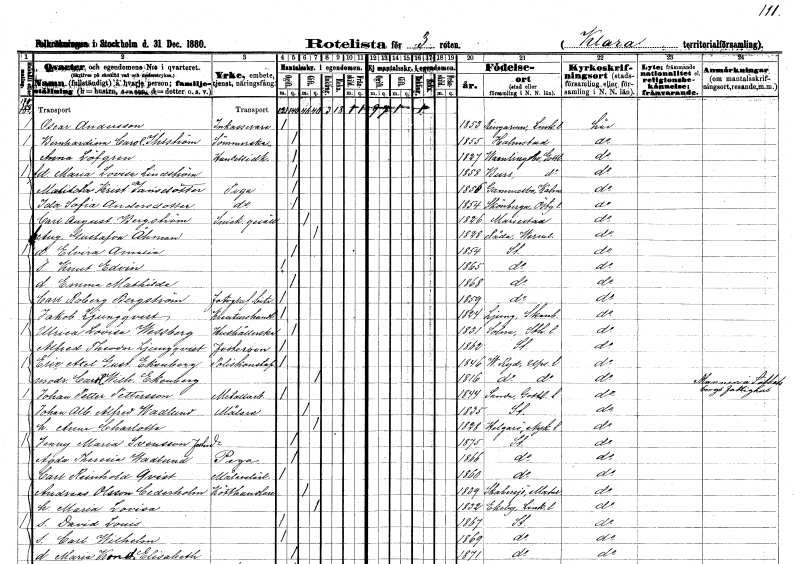
gt_parse: households: individuals: FN: Oscar
EN: Andersson
YRKE: Inkasserare
KON: M
CIV: O
FODAR: 1853
FODFORS: Ringarum Östergötlands län
FN: Bernhardina Carolina
EN: Ihlström
YRKE: Sömmerska
KON: K
CIV: O
FODAR: 1855
FODFORS: Halmstad Hallands län
FN: Anna
EN: Löfgren
YRKE: Handelsidkare
KON: K
CIV: O
FODAR: 1827
FODFORS: Vamlingbo Gotlands län
FN: Maria Lovisa
EN: Lindström
KON: K
CIV: O
FODAR: 1858
FODFORS: Burs Gotlands län
FN: Matilda Kristina
EN: Jansdotter
YRKE: Piga
KON: K
CIV: O
FODAR: 1856
FODFORS: Gammelbo Kalmar län
FN: Ida Sofia
EN: Andersdotter
YRKE: Piga
KON: K
CIV: O
FODAR: 1854
FODFORS: Skönberga Östergötlands län
FN: Carl August
EN: Bergström
YRKE: Snickaregesäll
KON: M
CIV: G
FODAR: 1826
FODFORS: Mariestad Skaraborgs län
FN: Augusta Gustafva
EN: Åhman
KON: K
CIV: G
FODAR: 1828
FODFORS: Råda Värmlands län
FN: Elvira Amalia
KON: K
CIV: O
FODAR: 1854
FODFORS: Stockholm
FN: Knut Edvin
KON: M
CIV: O
FODAR: 1865
FODFORS: Stockholm
FN: Emma Mathilda
KON: K
CIV: O
FODAR: 1868
FODFORS: Stockholm
FN: Carl
EN: Roberg Bergström
YRKE: Fotografbiträde
KON: M
CIV: O
FODAR: 1859
FODFORS: Stockholm
FN: Jakob
EN: Ljungqvist
YRKE: Kreaturshandlare
KON: M
CIV: O
FODAR: 1824
FODFORS: Ljung Göteborgs- och Bohuslän
FN: Ulrica Lovisa
EN: Wessberg
YRKE: Hushållerska
KON: K
CIV: O
FODAR: 1831
FODFORS: Solna Stockholms län
FN: Alfred Theodor
EN: Ljungqvist
KON: M
CIV: O
FODAR: 1862
FODFORS: Stockholm
FN: Eric Gustaf
EN: Ekenberg
YRKE: Poliskonstapel
KON: M
CIV: O
FODAR: 1846
FODFORS: Västra Ryd Stockholms län
FN: Charlotta Wilhelmina
EN: Ekenberg
KON: K
CIV: G
FODAR: 1816
FODFORS: Västra Ryd Stockholms län
FN: Johan Petter
EN: Pettersson
YRKE: Metallarbetare
KON: M
CIV: O
FODAR: 1844
FODFORS: Sundre Gotlands län
FN: Johan Albert Alfred
EN: Wadlund
YRKE: Målare
KON: M
CIV: G
FODAR: 1835
FODFORS: Stockholm
FN: Anna Charlotta
KON: K
CIV: G
FODAR: 1828
FODFORS: Helgarö Södermanlands län
FN: Jenny Maria
EN: Svensson
KON: K
CIV: O
FODAR: 1875
FODFORS: Stockholm
FN: Agda Theresia
EN: Wadlund
YRKE: Piga
KON: K
CIV: O
FODAR: 1866
FODFORS: Stockholm
FN: Carl Reinhold
EN: Qvist
YRKE: Målarelärling
KON: M
CIV: O
FODAR: 1860
FODFORS: Stockholm
FN: Andreas
EN: Olsson Cederholm
YRKE: Kötthandlare
KON: M
CIV: G
FODAR: 1839
FODFORS: Skabersjö Malmöhus län
FN: Maria Lovisa
KON: K
CIV: G
FODAR: 1832
FODFORS: Ekeby Östergötlands län
FN: David Louis
KON: M
CIV: O
FODAR: 1867
FODFORS: Stockholm
FN: Carl Wilhelm
KON: M
CIV: O
FODAR: 1869
FODFORS: Stockholm
FN: Maria Konstantia Elisabeth
KON: K
CIV: O
FODAR: 1871
FODFORS: Stockholm